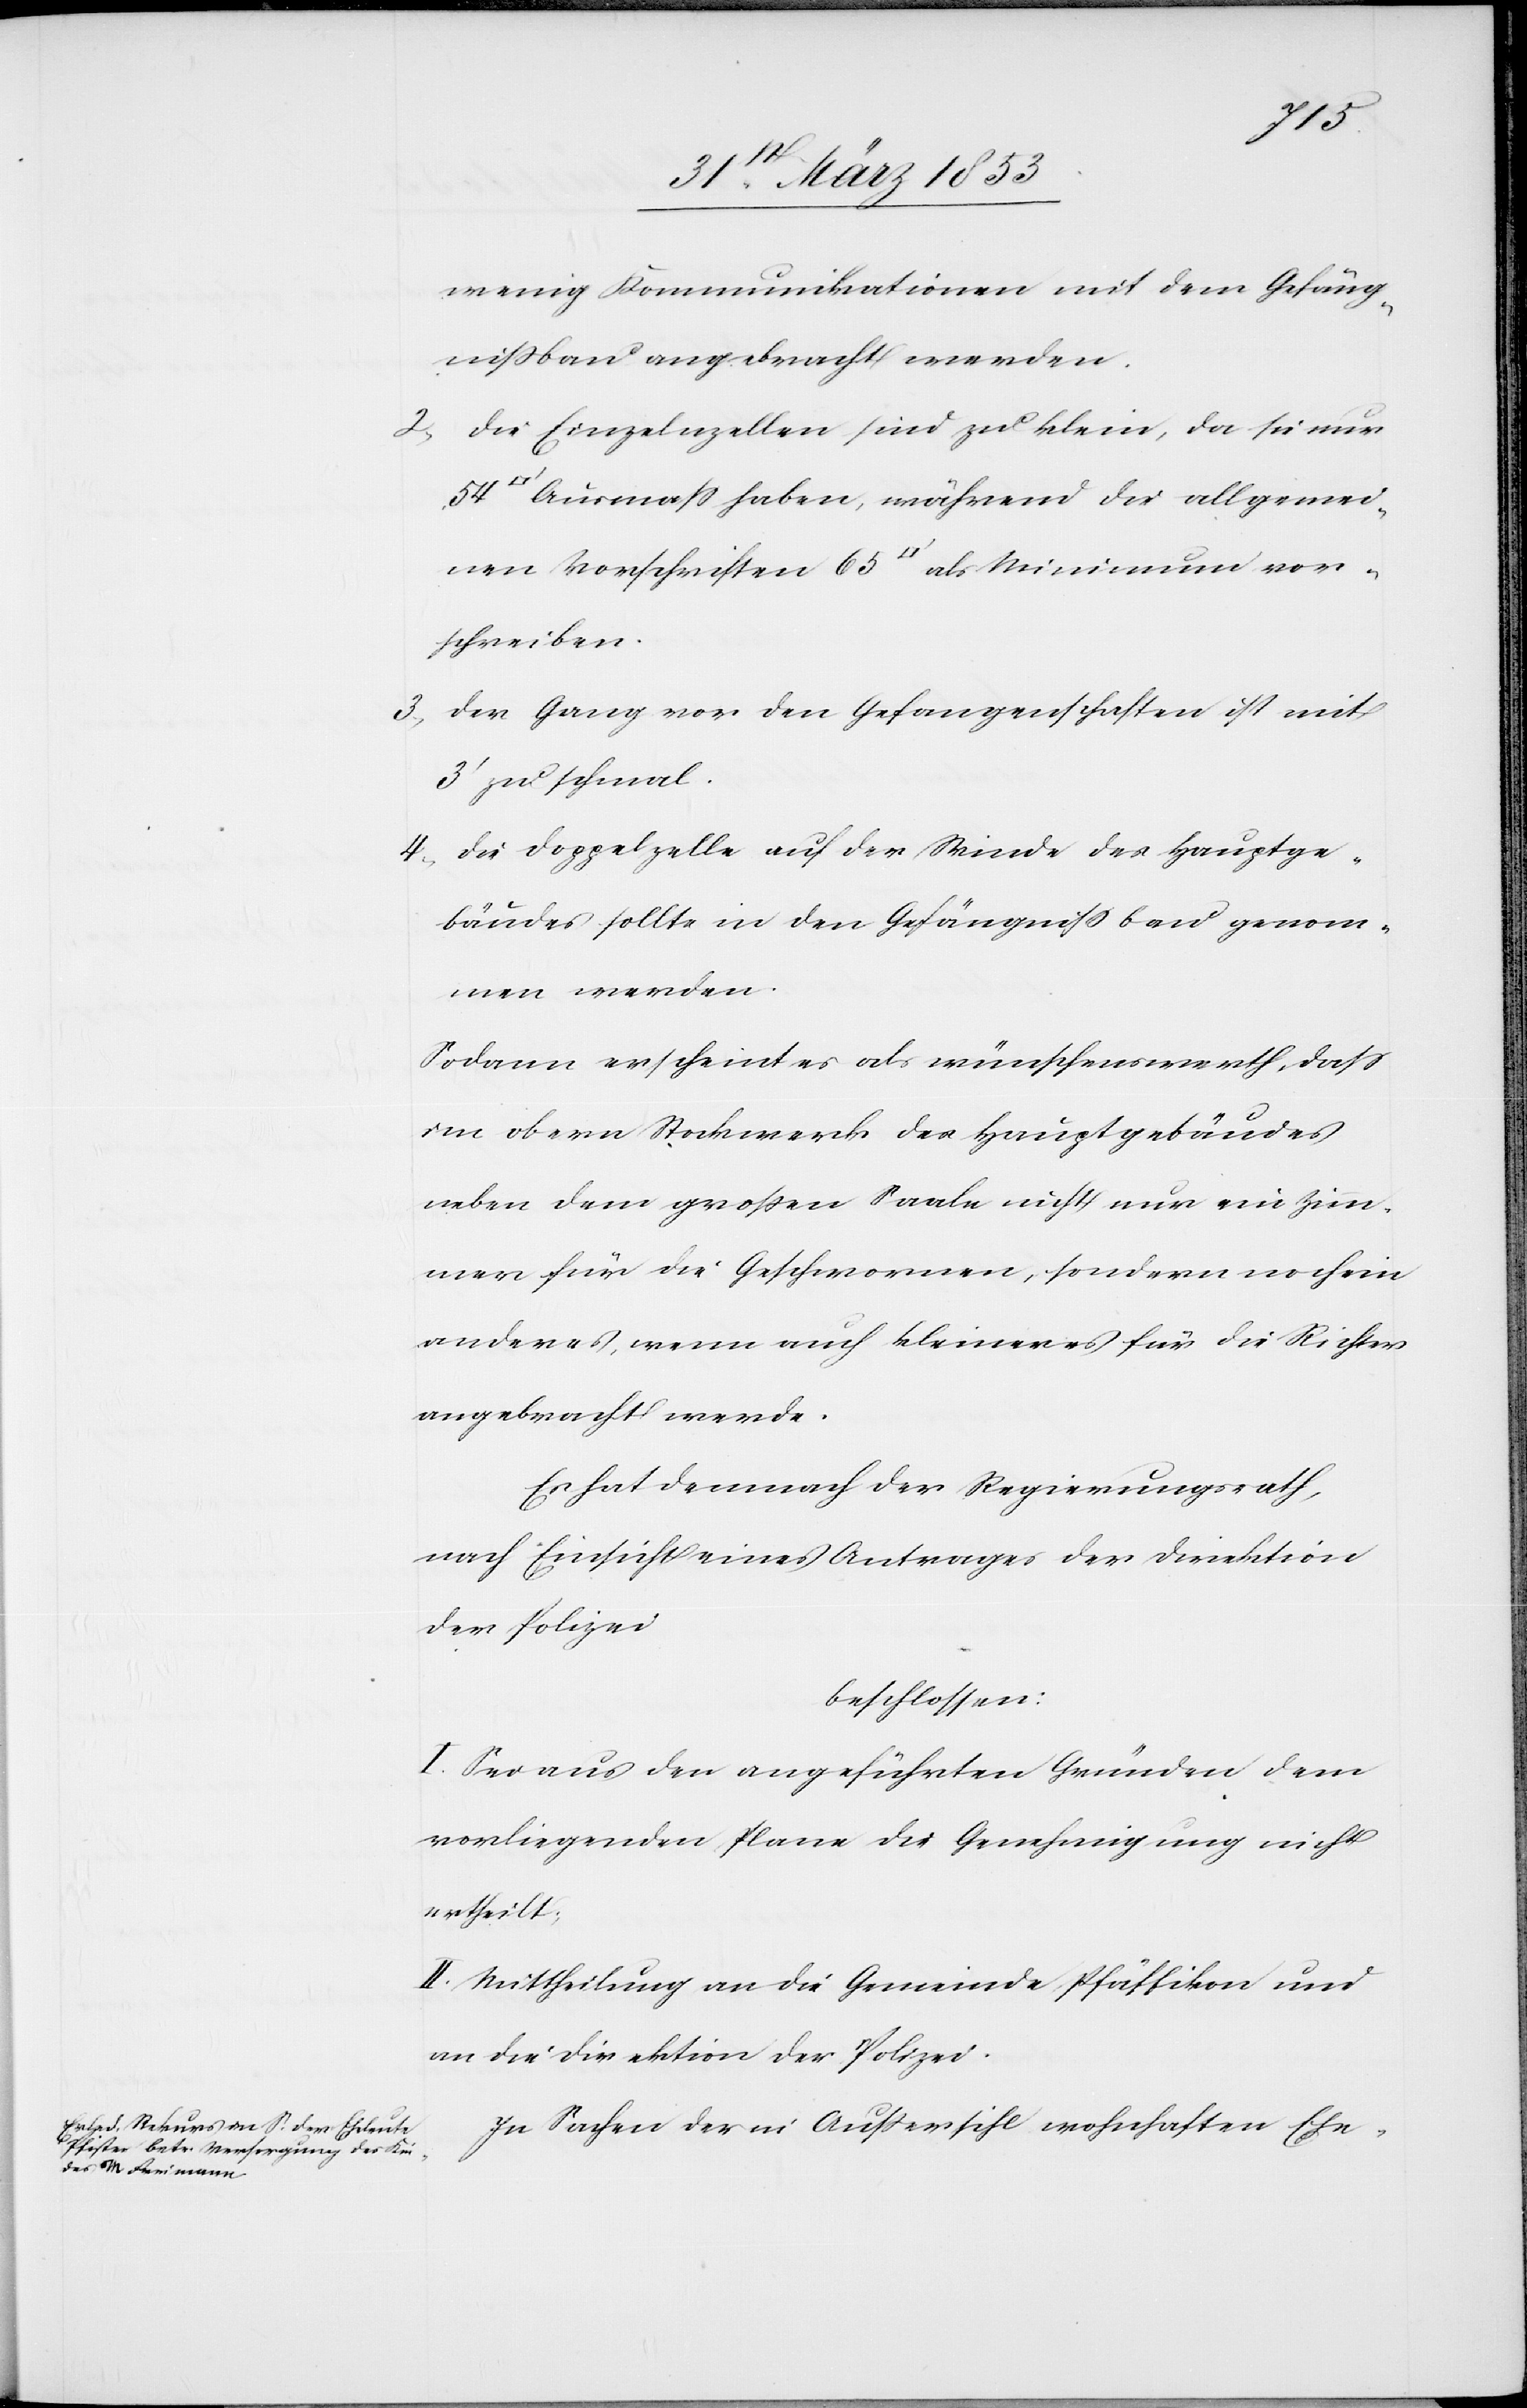
wenig Kommunikationen mit dem Gefäng¬
nißbau angebracht werden.
2, Die Einzelzellen sind zu klein, da sie nur
Ausmaß haben, während die allgemei¬
nen Vorschriften 65 [Quadratfuß] als Minimum vor¬
schreiben.
3, Der Gang vor den Gefangenschaften ist mit
3’ zu schmal.
4, Die Doppelzelle auf der Winde des Hauptge¬
bäudes sollte in den Gefängnißbau genom¬
men werden.
Sodann erscheint als wünschenswerth, daß
im obern Stockwerk des Hauptgebäudes
neben dem großen Saale nicht nur ein Zim¬
mer für die Gefangenen, sondern noch ein
anderes, wenn auch kleineres für die Richter
angebracht werde.
Es hat demnach der Regierungsrath,
nach Einsicht eines Antrages der Direktion
der Polizei
beschlossen:
I. Sei aus den angeführten Gründen dem
vorliegenden Plane die Genehmigung nicht
ertheilt.
II. Mittheilung an die Gemeinde Pfäffikon und
an die Direktion der Polizei.
In Sachen der in Außersihl wohnhaften Ehe-